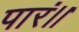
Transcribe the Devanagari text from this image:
पारं।।